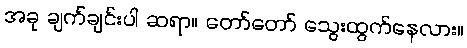
အခု ချက်ချင်းပါ ဆရာ။ တော်တော် သွေးထွက်နေလား။